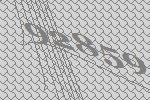
92859